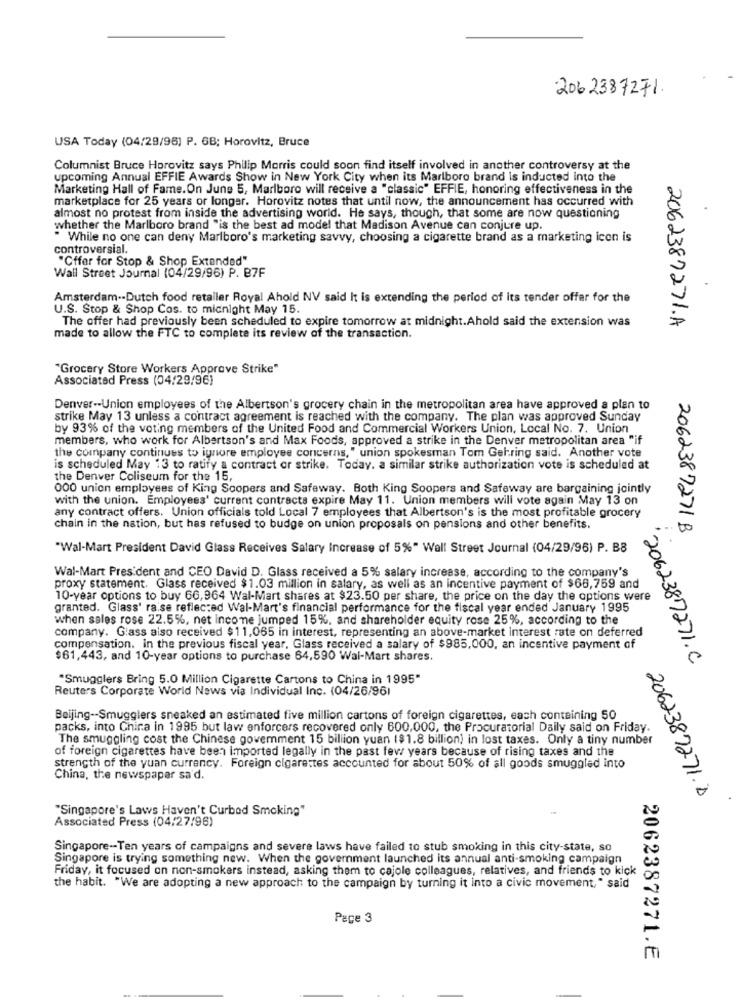
206 2387271.
USA Today (04/29/96) P. GB; Horovitz, Bruce
Columnist Bruce Horovitz says Philip Morris could soon find itself involved in another controversy at the
upcoming Annual EFFIE Awards Show in New York City when its Marlboro brand is inducted into the
Marketing Hall of Fame.On June 5, Marlboro will receive a "classic" EFFIE, honoring effectiveness in the
marketplace for 25 years or longer. Horovitz notes that until now, the announcement has occurred with
almost no protest from inside the advertising world. He says, though, that some are now questioning
whether the Marlboro brand "is the best ad model that Madison Avenue can conjure up.
" While no one can deny Marlboro's marketing savvy, choosing a cigarette brand as a marketing icon is
controversial.
"Offer for Stop & Shop Extended"
Wall Street Journal (04/29/96) P. B7F
Amsterdam .- Dutch food retailer Royal Ahold NV said It is extending the period of its tender offer for the
U.S. Stop & Shop Cos. to midnight May 15.
The offer had previously been scheduled to expire tomorrow at midnight.Ahold said the extension was
2062387271.A
made to allow the FTC to complete its review of the transaction.
"Grocery Store Workers Approve Strike"
Associated Press (04/29/96)
Denver -- Union employees of the Albertson's grocery chain in the metropolitan area have approved a plan to
strike May 13 unless a contract agreement is reached with the company. The plan was approved Sunday
by 93% of the voting members of the United Food and Commercial Workers Union, Local No. 7. Union
members, who work for Albertson's and Max Foods, approved a strike in the Denver metropolitan area "if
the company continues to ignore employee concerns, " union spokesman Tom Gehring said. Another vote
is scheduled May 13 to ratify a contract or strike. Today. a similar strike authorization vote is scheduled at
the Denver Coliseum for the 15,
000 union employees of King Soopers and Safeway. Both King Soopers and Safeway are bargaining jointly
with the union. Employees' current contracts expire May 11. Union members will vote again May 13 on
any contract offers. Union officials told Local 7 employees that Albertson's is the most profitable grocery
chain in the nation, but has refused to budge on union proposals on pensions and other benefits.
2062387271 B
"Wal-Mart President David Glass Receives Salary Increase of 5%" Wall Street Journal (04/29/96) P. B8
Wal-Mart President and CEO David D. Glass received a 5% salary increase, according to the company's
proxy statement. Glass received $1.03 million in salary, as well as an incentive payment of $66,759 and
10-year options to buy 66,964 Wal-Mart shares at $23.50 per share, the price on the day the options were
granted. Glass' raise reflected Wal-Mart's financial performance for the fiscal year ended January 1995
when sales rose 22.5%, net income jumped 15%, and shareholder equity rose 25%, according to the
company. Glass also received $11,065 in interest, representing an above-market interest rate on deferred
compensation. in the previous fiscal year, Glass received a salary of $985,000, an incentive payment of
$61,443, and 10-year options to purchase 64,590 Wal-Mart shares.
2062387271.C
"Smugglers Bring 5.0 Million Cigarette Cartons to China in 1995"
Reuters Corporate World News via Individual Inc. (04/26/961
Beijing -- Smugglers sneaked an estimated five million cartons of foreign cigarettes, each containing 50
packs, into Chira in 1995 but law enforcers recovered only 600,000, the Procuratorial Daily said on Friday.
The smuggling cost the Chinese goverment 15 billion yuan ($1.8 billion) in lost taxes. Only a tiny number
of foreign cigarettes have been imported legally in the past few years because of rising taxes and the
strength of the yuan currency. Foreign cigarettes accounted for about 50% of all goods smuggled into
China, the newspaper sa'd.
2062387271.D
"Singapore's Laws Haven't Curbed Smoking"
Associated Press (04/27/96)
Singapore -- Ten years of campaigns and severe laws have failed to stub smoking in this city-state, so
Singapore is trying something new. When the government launched its annual anti-smoking campaign
Friday, it focused on non-smokers instead, asking them to cajole colleagues, relatives, and friends to kick
the habit. "We are adopting a new approach to the campaign by turning it into a civic movement," said
Page 3
2062387271.E